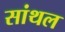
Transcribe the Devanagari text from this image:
सांथल